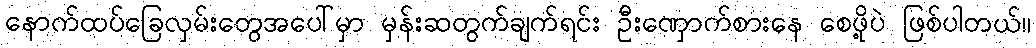
နောက်ထပ်ခြေလှမ်းတွေအပေါ်မှာ မှန်းဆတွက်ချက်ရင်း ဦးဏှောက်စားနေ စေဖို့ပဲ ဖြစ်ပါတယ်။